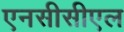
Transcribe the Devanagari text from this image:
एनसीसीएल